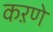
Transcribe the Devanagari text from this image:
कऱणे